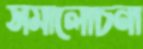
সমালোচনা